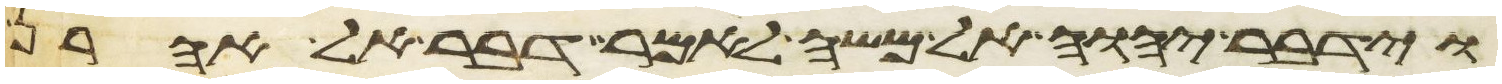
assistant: וידבר יהוה אל משה לאמר דבר אל אהרן